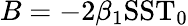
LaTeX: B=-2\beta_{1}\mathrm{SST}_{0}